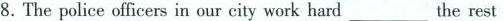
8.The police officers in our city work hard___the rest